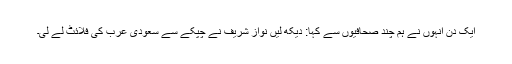
ایک دن انہوں نے ہم چند صحافیوں سے کہا: دیکھ لیں نواز شریف نے چپکے سے سعودی عرب کی فلائٹ لے لی۔